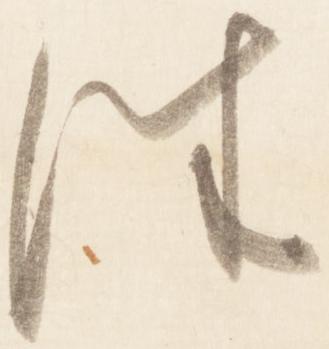
往